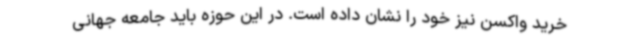
خرید واکسن نیز خود را نشان داده است. در این حوزه باید جامعه جهانی